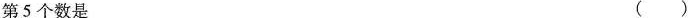
第5个数是 ( )